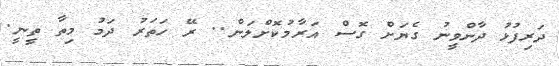
ދަރިފުޅު ދާންވީނު ގެޔަށް ގޮސް އަރާމުކޮށްލަން.. ރޭ ހަތަރު ދަމު މިތާ ތީނީ.